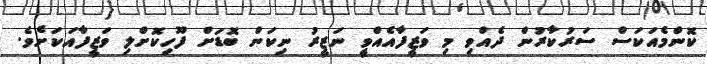
ކޮންމެއަކަސް ސަރުކާރުން ދެއްވި މި ވަޒީފާއެއްވީ ނަޒީރު ނިކަން ބޮޑަށް ފޫހިކޮށްލި ވަޒީފާއަކަށެވެ.